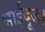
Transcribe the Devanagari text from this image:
भाईदूज।